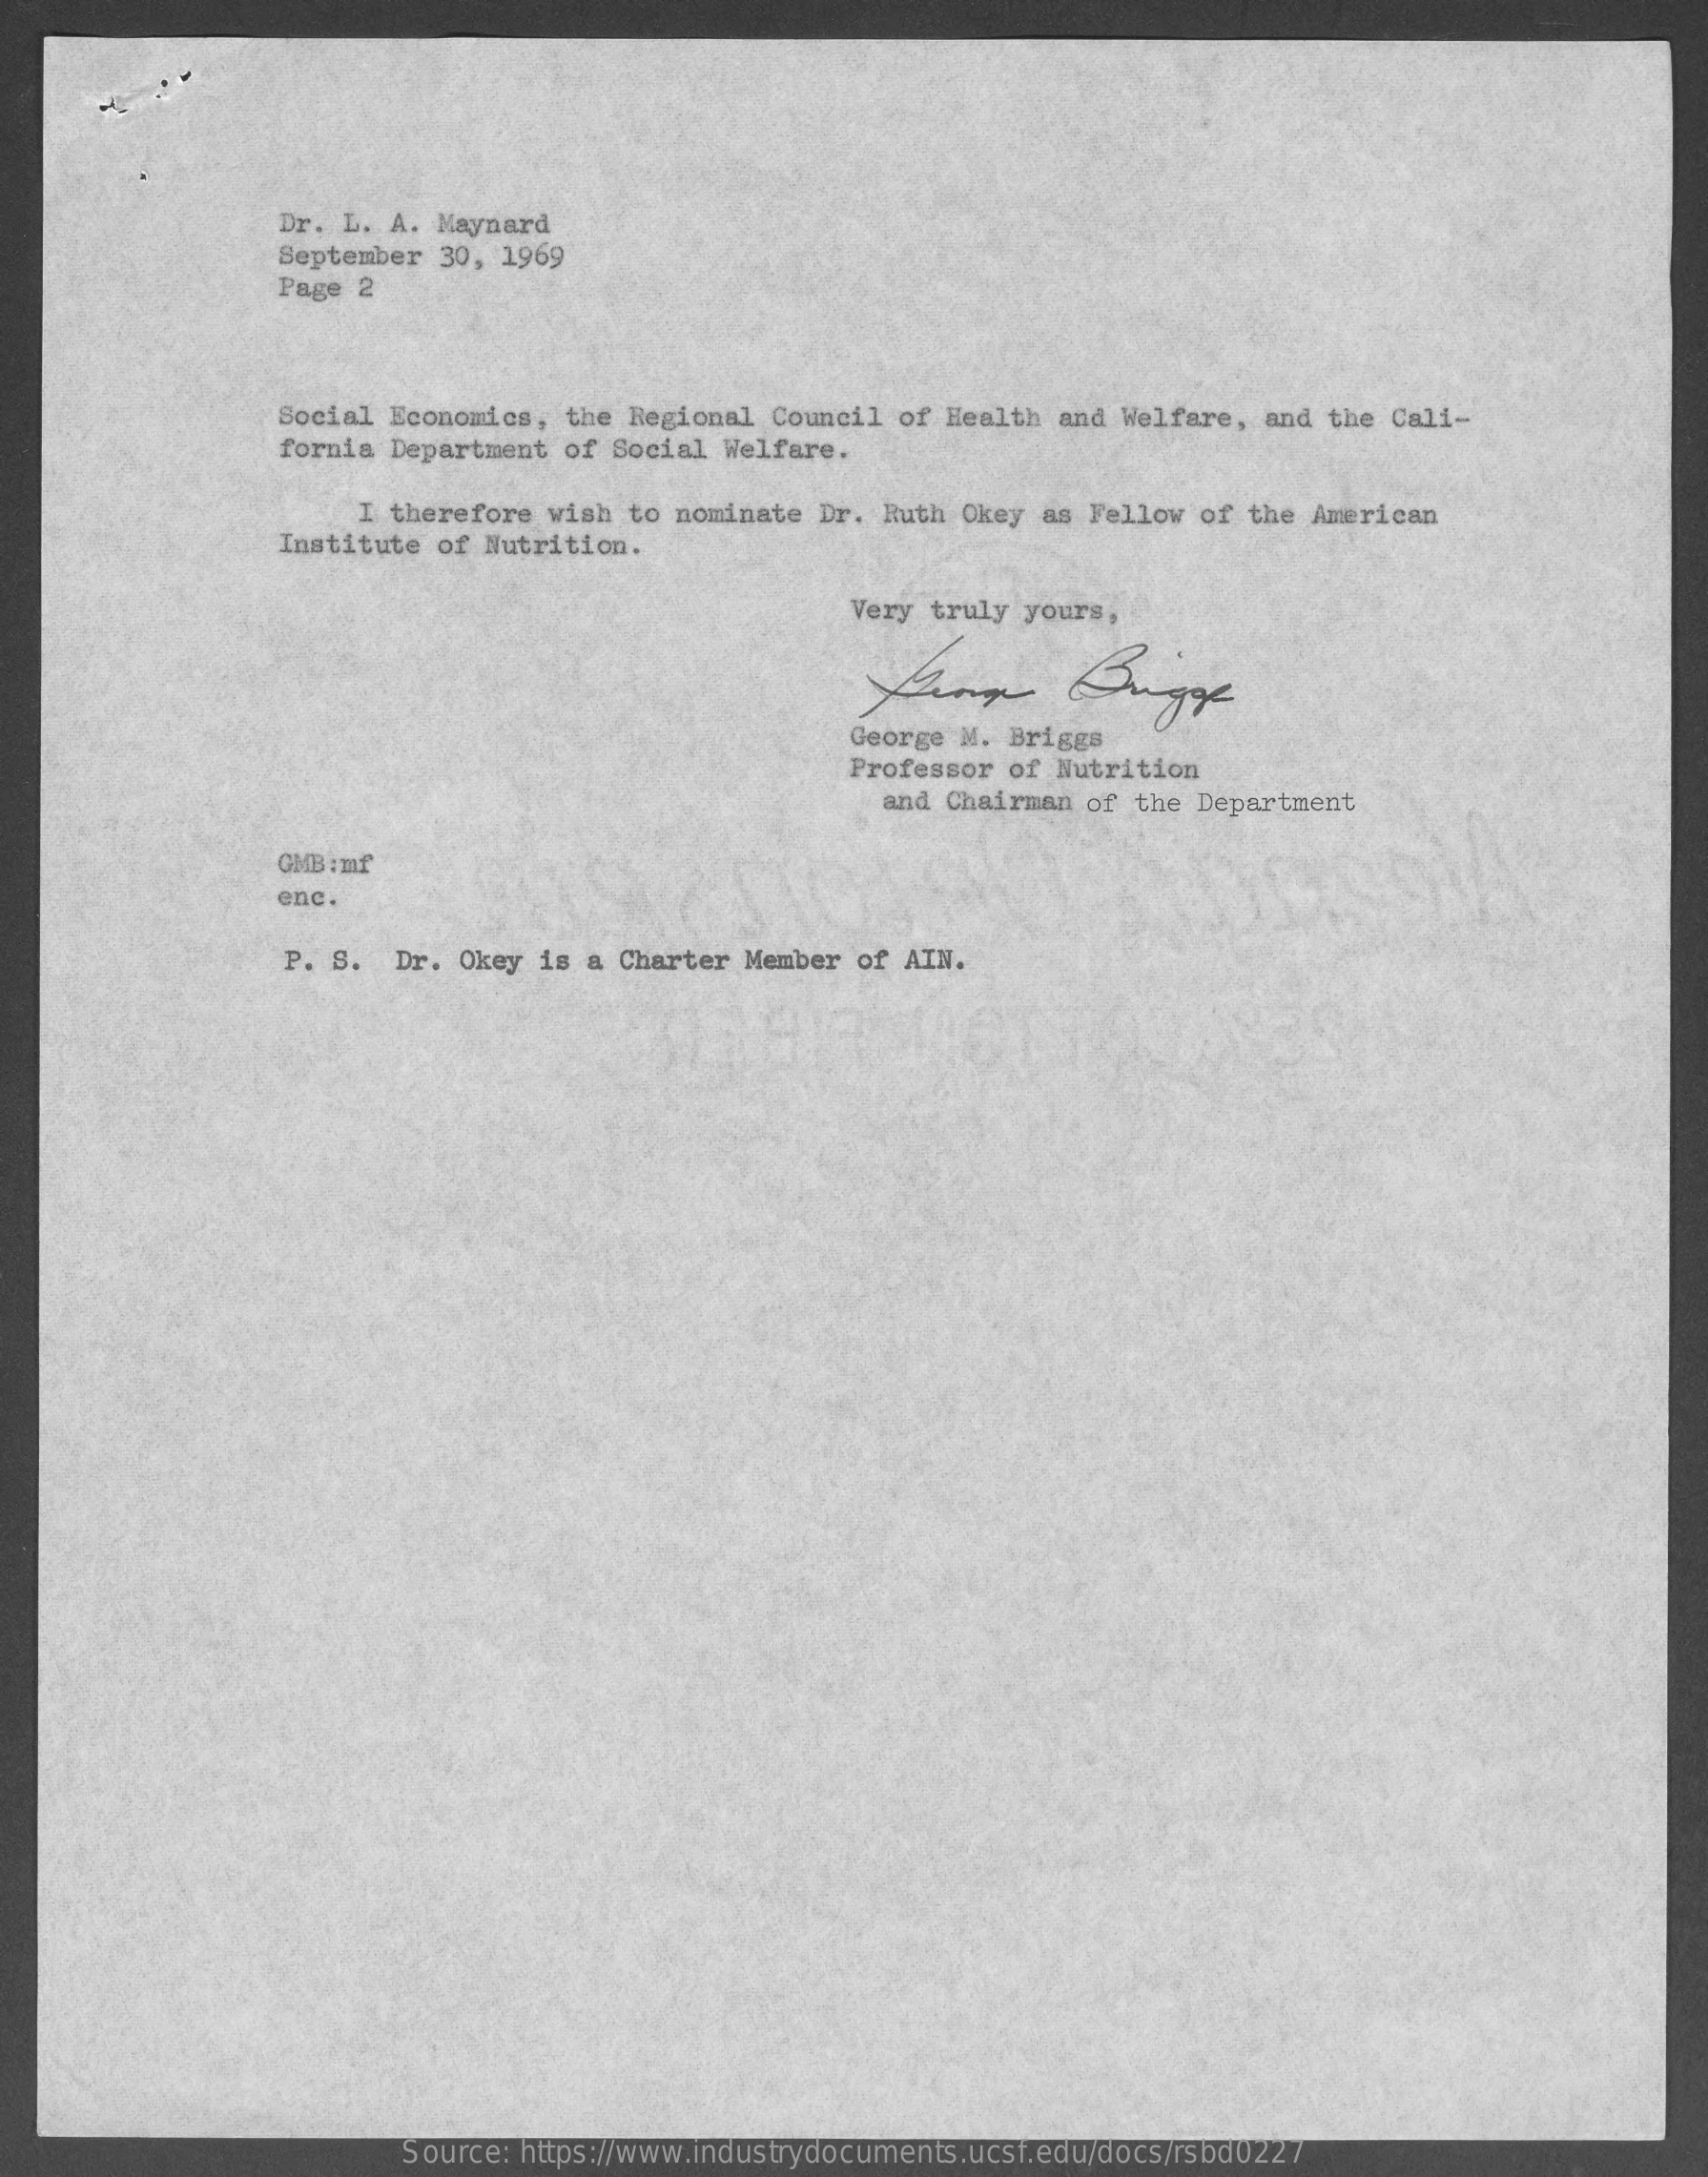
Dr. L. A. Maynard
     September 30, 1969
     Page 2
     Social Economics, the Regional Council of Health and Welfare, and the Cali-
     fornia Department of Social Welfare.
     I therefore wish to nominate Dr. Ruth Okey as Fellow of the American
     Institute of Nutrition.
     Very truly yours,
     George M. Briggs
     Professor of Nutrition
     and Chairman of the Department
     GMB : mf
     enc.
     P. S. Dr. Okey is a Charter Member of AIN.
     Source: https://www.industrydocuments.ucsf.edu/docs/rsbd0227